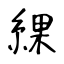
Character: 綶